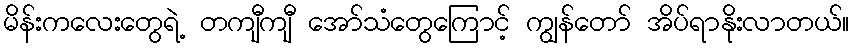
မိန်းကလေးတွေရဲ့ တကျီကျီ အော်သံတွေကြောင့် ကျွန်တော် အိပ်ရာနိုးလာတယ်။